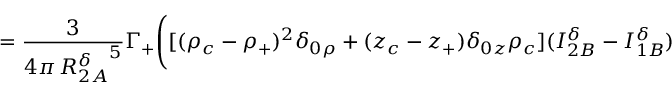
= \frac { 3 } { 4 \pi \, { R _ { 2 A } ^ { \delta } } ^ { 5 } } \Gamma _ { + } \Bigg ( [ ( \rho _ { c } - \rho _ { + } ) ^ { 2 } \delta _ { 0 \rho } + ( z _ { c } - z _ { + } ) \delta _ { 0 z } \rho _ { c } ] ( I _ { 2 B } ^ { \delta } - I _ { 1 B } ^ { \delta } )